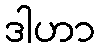
ဒါဟာ